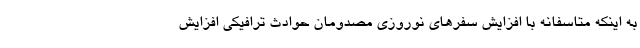
به اینکه متاسفانه با افزایش سفرهای نوروزی مصدومان حوادث ترافیکی افزایش